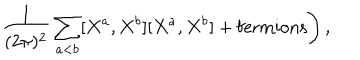
\left. \frac { 1 } { ( 2 \pi ) ^ { 2 } } \sum _ { a < b } [ X ^ { a } , X ^ { b } ] [ X ^ { a } , X ^ { b } ] + \mathrm { f e r m i o n s } \right) ,